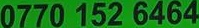
0770 152 6464